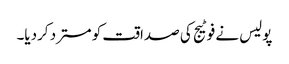
پولیس نے فوٹیج کی صداقت کو مسترد کردیا۔